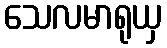
သေလမာရုယှ